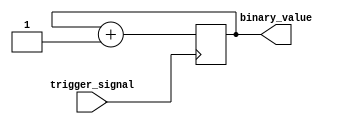
module Counter (
    input trigger_signal,
    output reg [7:0] binary_value
);

reg [7:0] count_reg;

always @(posedge trigger_signal) begin
    count_reg <= count_reg + 1;
end

assign binary_value = count_reg;

endmodule